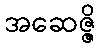
အဆေဇ္ဇိ